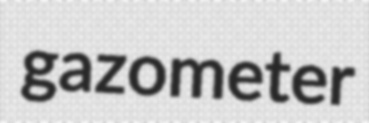
gazometer